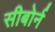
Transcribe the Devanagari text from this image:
सीबोर्न